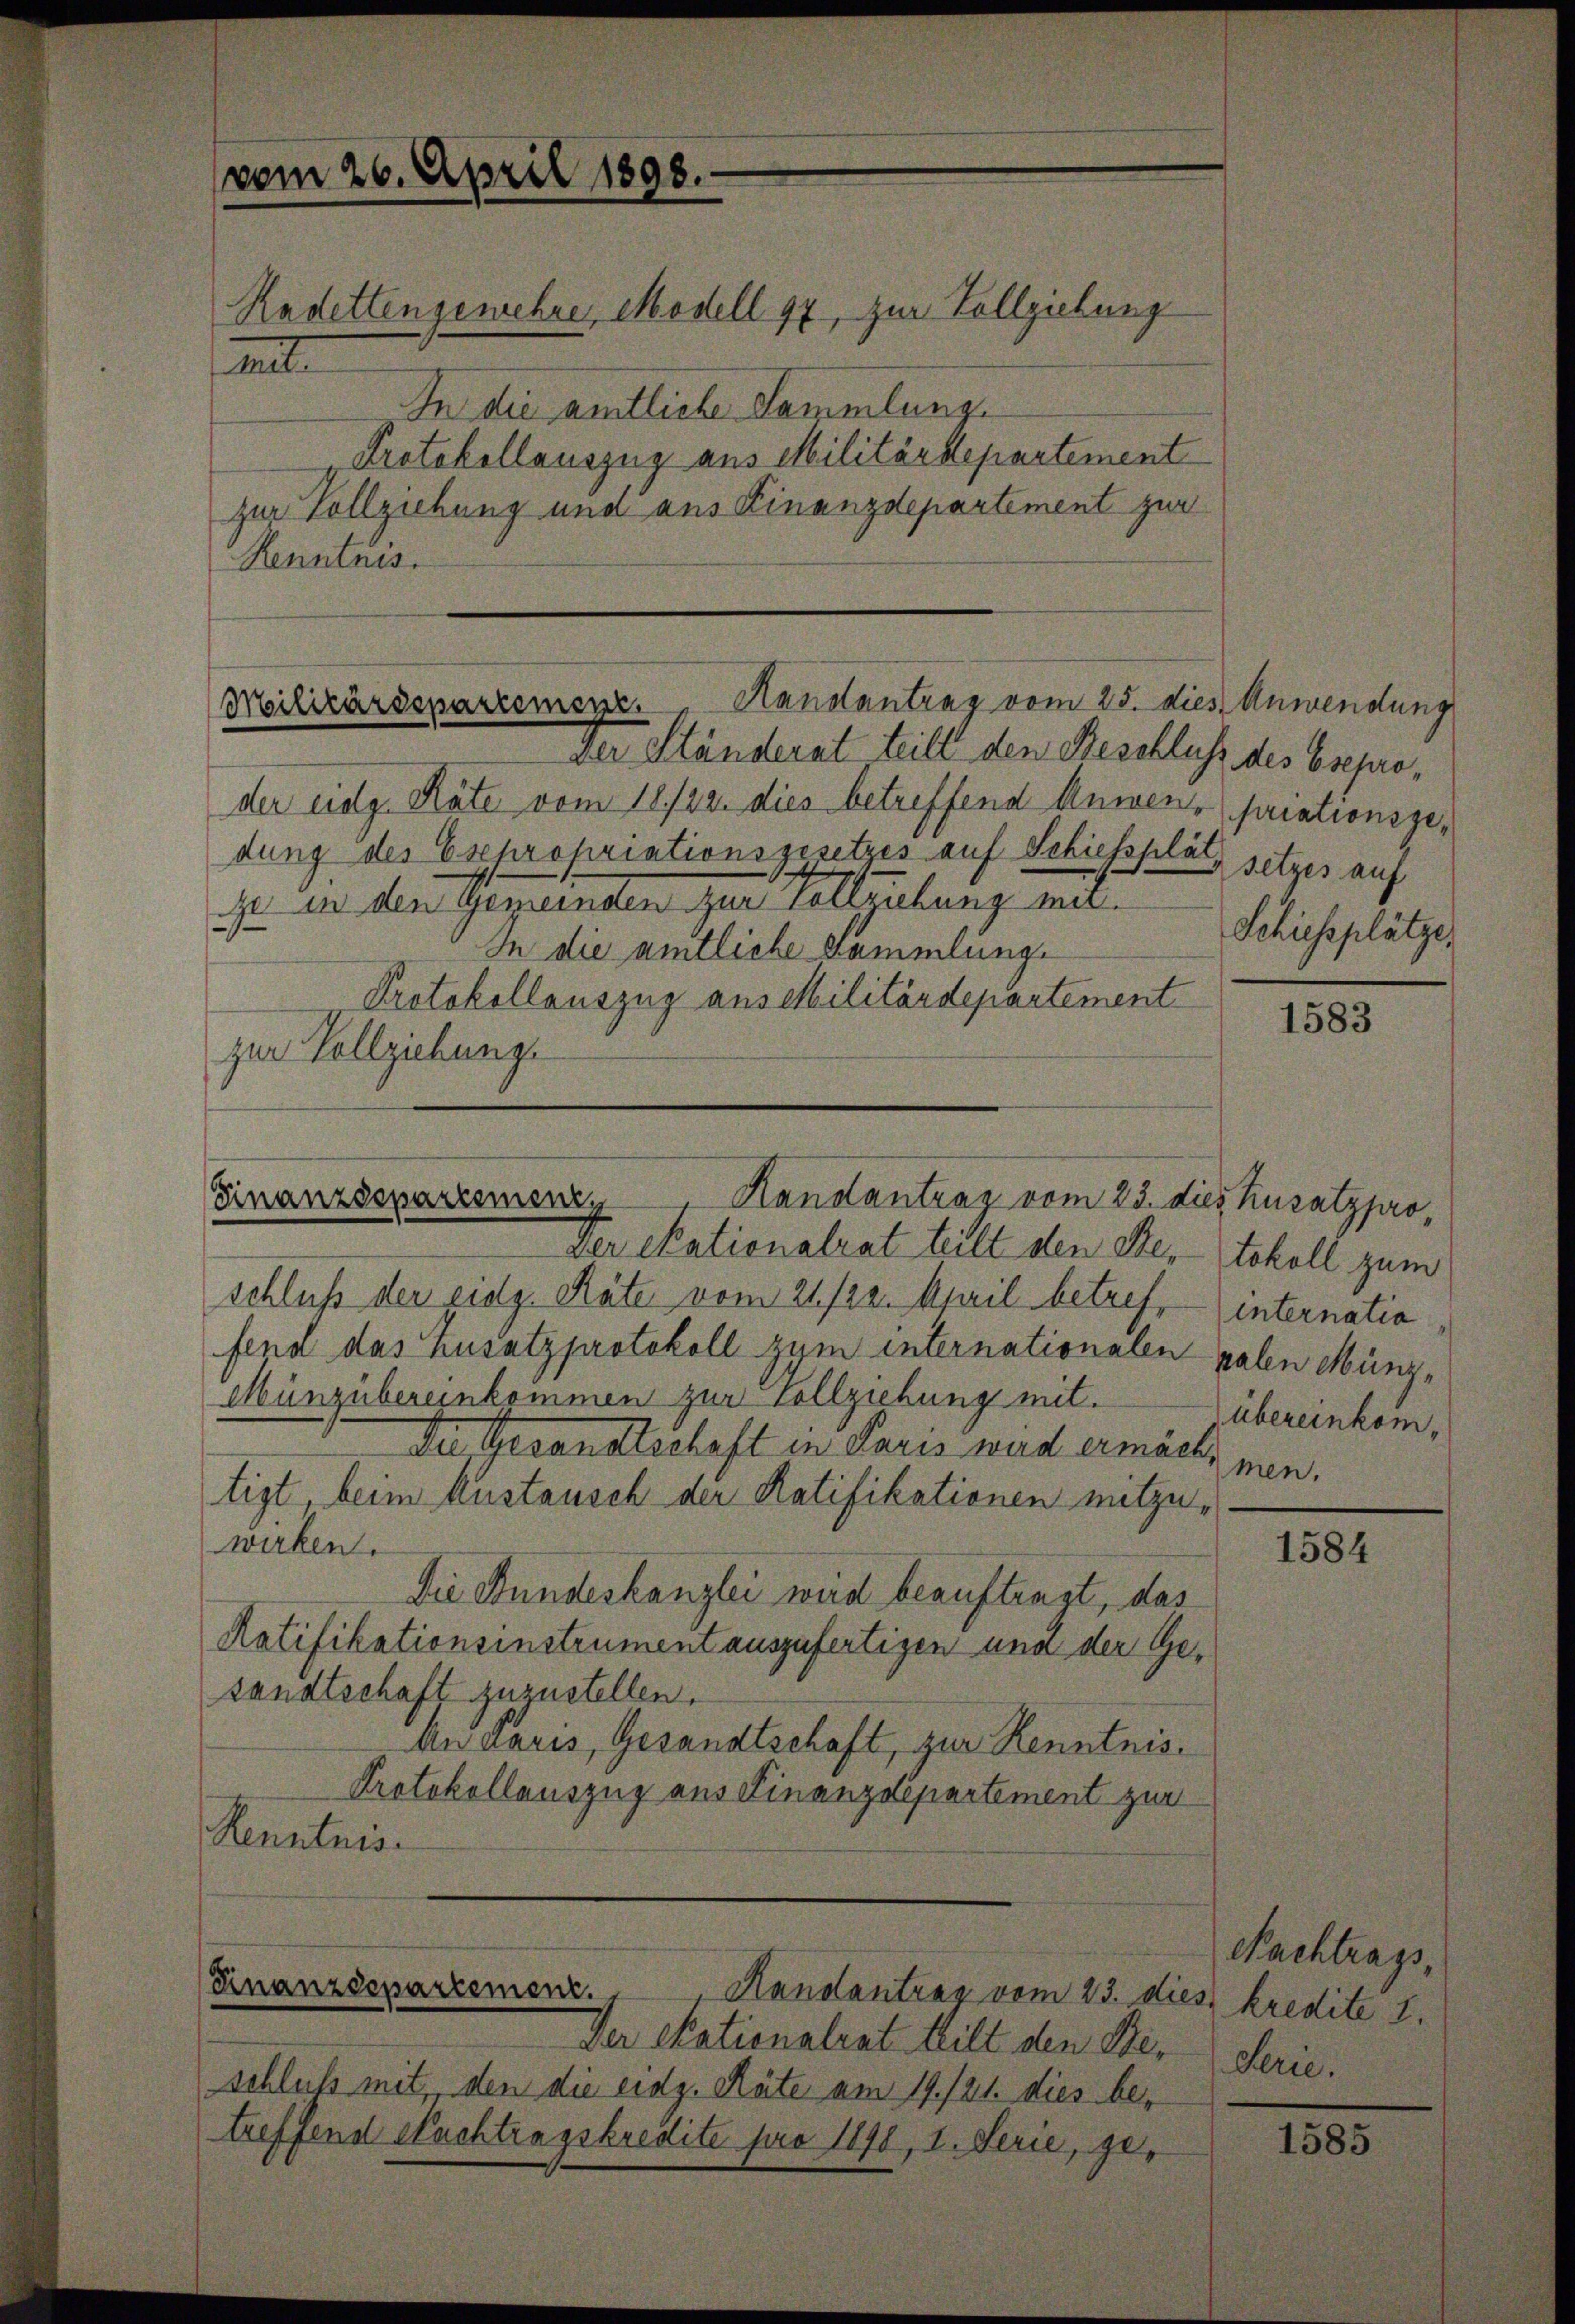
In die amtliche Sammlung.
Protokollauszug aus Militärdepartement
zur Vollziehung und aus Finanzdepartement zur
Renntnis.

vom 26. April 1898.

ml

Radettengewehre Modell 97, zur Vollziehung

Militärssparzemeyr. Handantrag vom 25. dies Anwendung

ver Ständerat teilt den Beschluss des Eseproder eidg. Räte vom 18./22. dies betreffend Anwendeparationsgedung des Expropriationsgesetzes auf Schiessplatz setzes auf
zt in den Gemeinden zur Vollziehung mit
In die amtliche Sammlung.
Protokollauszug aus Militärdepartement
zur Vollziehung.
der Skationalrat teilt den Ster-Stokoll zum
schluß der eidg. Räte vom 21./22. April betref, — internatio
fend das nusatzprotokoll zym internationalen gaben Münz¬
Münzübereinkommen zur Vollziehung mit.
Du Gesandtschaft in Paris wird ermäch
tigt, beim Austausch der Ratifikationen mitzuwirken.
Die Stundeskanzlei wird beauftragt, das
Ratifikationsinstrument auszufertigen und der Gesandtschaft zuzustellen.
An Paris, Gesandtschaft, zur Kenntnis¬
Protokollauszug aus Finanzdepartement zur
Renntnis.

Finanzssparesmen, Handantrag vom 23. dies Zusatzpro

Finanzdepartement. Handantrag vom 23. dies

Der Skationalrat hilt den Beschluß mit, den die eidg. Räte am 19./21. dies betreffend Nachtragskredite pro 1898, I. Serie, ge¬

Schiessplätze,

1583

Übereinkommen.

1584

Nachtrags,
kredite 2.
Serie.

1585